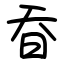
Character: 昋